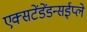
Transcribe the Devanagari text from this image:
एक्सटेंडेंडन्सईप्ले